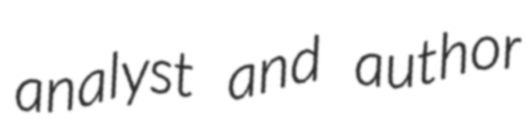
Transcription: analyst and author